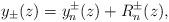
LaTeX: \begin{align*}y_\pm(z)=y_n^\pm(z)+R_n^\pm(z),\end{align*}